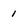
Character: 1